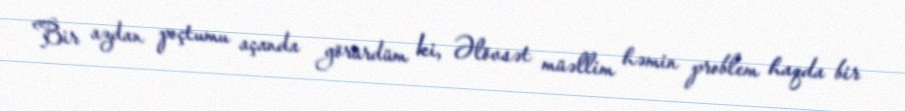
Bir azdan poçtumu açanda görürdüm ki, Əlövsət müəllim həmin problem haqda bir